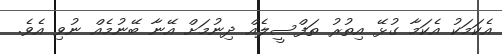
އެކަމަކު އެކަމާ ގުޅޭ އިތުރު ތަފްސީލެއް ދިނުމަށް އޭނާ ބޭނުމެއް ނުވި އެވެ.